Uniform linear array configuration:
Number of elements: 64
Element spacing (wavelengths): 0.5
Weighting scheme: binomial
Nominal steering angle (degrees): -15
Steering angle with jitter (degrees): -16.696
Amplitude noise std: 0.05
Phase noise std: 0.05

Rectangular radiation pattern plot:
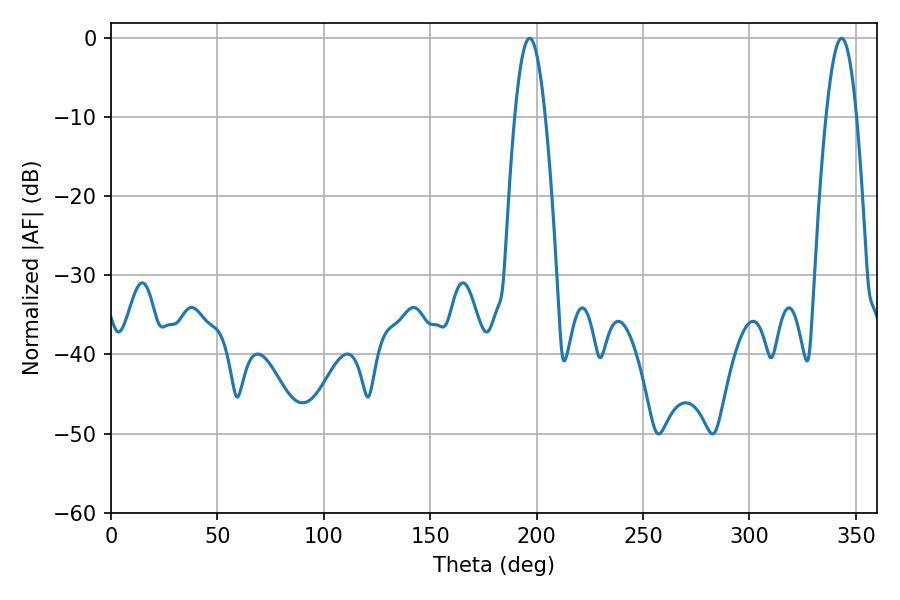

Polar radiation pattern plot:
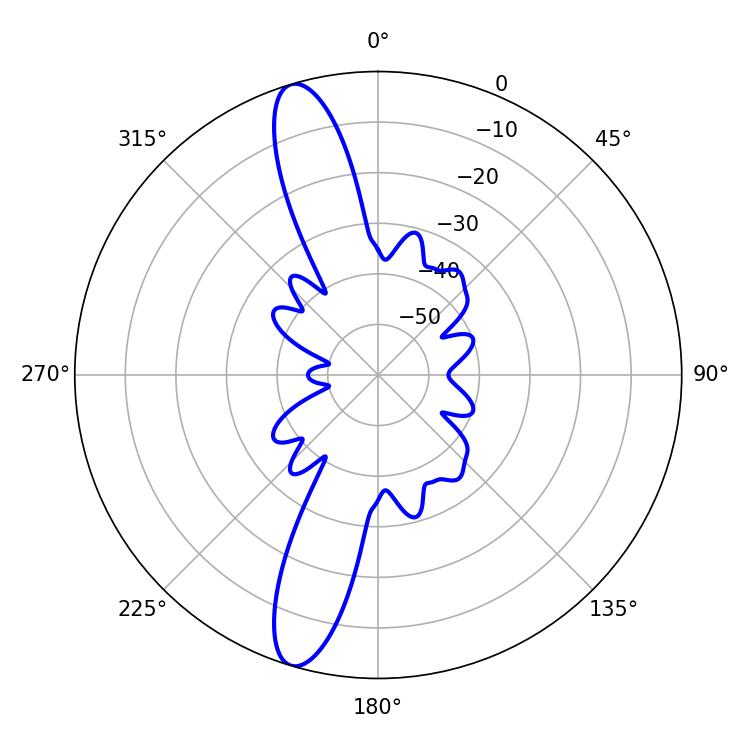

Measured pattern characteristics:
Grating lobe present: FALSE
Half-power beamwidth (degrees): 7.74
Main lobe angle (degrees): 196.74